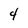
Character: 4